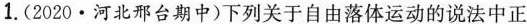
1.(2020·河北邢台期中)下列关于自由落体运动的说法中正